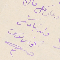
ولد سَيادتكم الخورى ىوسف